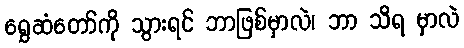
ရွှေဆံတော်ကို သွားရင် ဘာဖြစ်မှာလဲ၊ ဘာ သိရ မှာလဲ